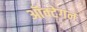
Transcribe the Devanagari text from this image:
ऑक्टेगन